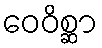
ဝေဝိစ္ဆာ